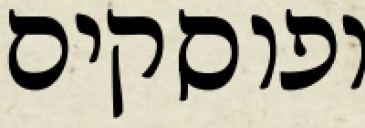
ופוסקים